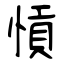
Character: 愩